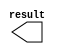
module titles3_x5 (
	result);

	output	[10:0]  result;

endmodule